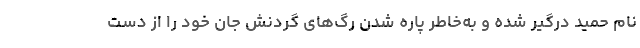
نام حمید درگیر شده و به‌خاطر پاره شدن رگ‌های گردنش جان خود را از دست